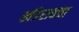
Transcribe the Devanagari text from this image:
खंडेरावचा